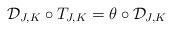
LaTeX: \begin{align*}\mathcal{D}_{J,K}\circ T_{J,K}=\theta\circ\mathcal{D}_{J,K}\end{align*}